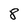
Character: 8